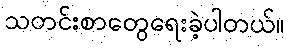
သတင်းစာတွေရေးခဲ့ပါတယ်။